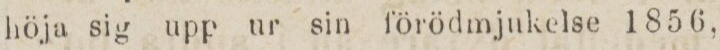
höja sig upp ur sin förödmjukelse 1856,